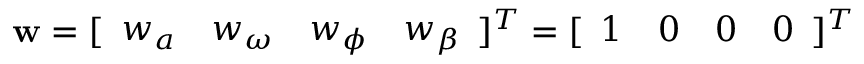
\begin{array} { r } { { \bf w } = [ \begin{array} { c c c c } { w _ { a } } & { w _ { \omega } } & { w _ { \phi } } & { w _ { \beta } } \end{array} ] ^ { T } = [ \begin{array} { c c c c } { 1 } & { 0 } & { 0 } & { 0 } \end{array} ] ^ { T } } \end{array}